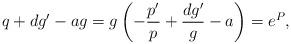
LaTeX: \begin{align*} q + dg' -ag = g \left( - \frac{p'}{p} + \frac{dg'}{g} - a \right) = e^P,\end{align*}